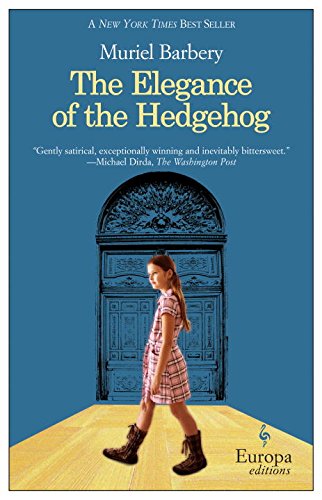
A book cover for The Elegance of the Hedgehog; Muriel Barbery; Literature & Fiction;